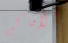
الأماكن